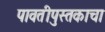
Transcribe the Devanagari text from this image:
पावतीपुस्तकाचा